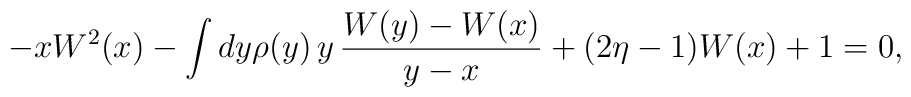
-xW^2(x)-\int dy\rho (y)\,y\,\frac{W(y)-W(x)}{y-x}+(2\eta -1)W(x)+1=0,